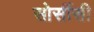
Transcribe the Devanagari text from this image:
सोर्सीसी